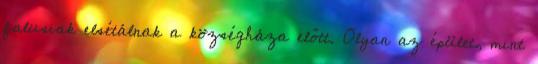
falusiak elsétálnak a községháza előtt. Olyan az épület, mint